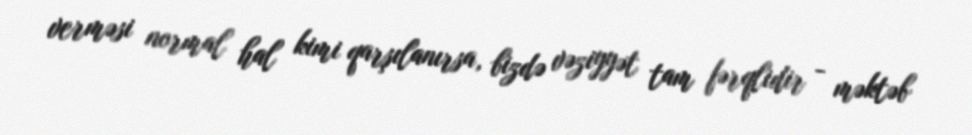
verməsi normal hal kimi qarşılanırsa, bizdə vəziyyət tam fərqlidir - məktəb